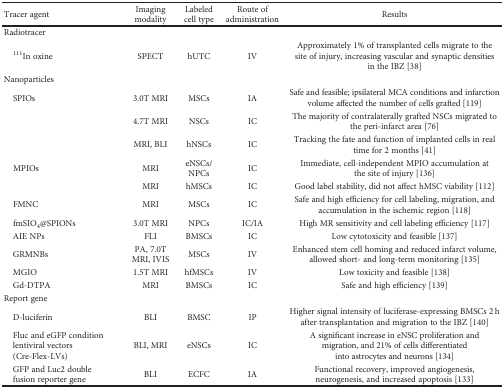
| Tracer agent | Imaging modality | Labeled cell type | Route of administration | Results |
 | --- | --- | --- | --- | --- |
 | <COLSPAN=5> Radiotracer |
 | 111In oxine | SPECT | hUTC | IV | Approximately 1% of transplanted cells migrate to the site of injury, increasing vascular and synaptic densities in the IBZ [38] |
 | <COLSPAN=5> Nanoparticles |
 | SPIOs | 3.0T MRI | MSCs | IA | Safe and feasible; ipsilateral MCA conditions and infarction volume affected the number of cells grafted [119] |
 |  | 4.7T MRI | NSCs | IC | The majority of contralaterally grafted NSCs migrated to the peri-infarct area [76] |
 |  | MRI, BLI | hNSCs | IC | Tracking the fate and function of implanted cells in real time for 2 months [41] |
 | MPIOs | MRI | eNSCs/NPCs | IC | Immediate, cell-independent MPIO accumulation at the site of injury [136] |
 |  | MRI | hMSCs | IC | Good label stability, did not affect hMSC viability [112] |
 | FMNC | MRI | MSCs | IC | Safe and high efficiency for cell labeling, migration, and accumulation in the ischemic region [118] |
 | fmSIO4@SPIONs | 3.0T MRI | NPCs | IC/IA | High MR sensitivity and cell labeling efficiency [117] |
 | AIE NPs | FLI | BMSCs | IC | Low cytotoxicity and feasible [137] |
 | GRMNBs | PA, 7.0T MRI, IVIS | MSCs | IV | Enhanced stem cell homing and reduced infarct volume, allowed short- and long-term monitoring [135] |
 | MGIO | 1.5T MRI | hfMSCs | IV | Low toxicity and feasible [138] |
 | Gd-DTPA | MRI | BMSCs | IC | Safe and high efficiency [139] |
 | <COLSPAN=5> Report gene |
 | D-luciferin | BLI | BMSC | IP | Higher signal intensity of luciferase-expressing BMSCs 2 h after transplantation and migration to the IBZ [140] |
 | Fluc and eGFP condition lentiviral vectors (Cre-Flex-LVs) | BLI, MRI | eNSCs | IC | A significant increase in eNSC proliferation and migration, and 21% of cells differentiated into astrocytes and neurons [134] |
 | GFP and Luc2 double fusion reporter gene | BLI | ECFC | IA | Functional recovery, improved angiogenesis, neurogenesis, and increased apoptosis [133] |